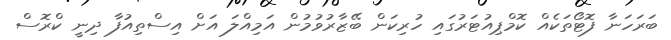
ބަރަހަނާ ފޮޓޯތަކެއް ކޮމްޕިއުޓަރުގައި ހުރިކަން ބޭޒާރުވުމުން އަމިއްލަ އަށް އިސްތިއުފާ ދިނީ ކްރޮސް